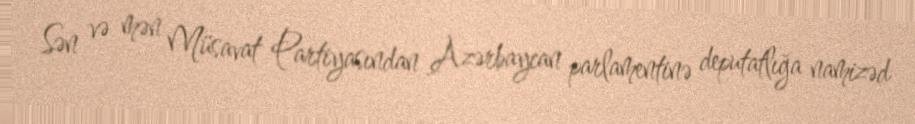
Sən və mən Müsavat Partiyasından Azərbaycan parlamentinə deputatlığa namizəd